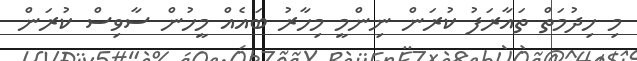
މި ހިދުމަތް ތައާރަފު ކުރަން ނިންމީ މިހާރު ބައެއް މީހުން ސާވިސް ކުރަން